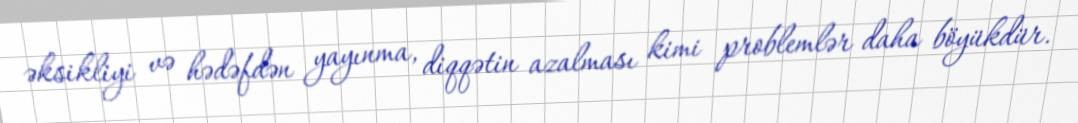
əksikliyi və hədəfdən yayınma, diqqətin azalması kimi problemlər daha böyükdür.